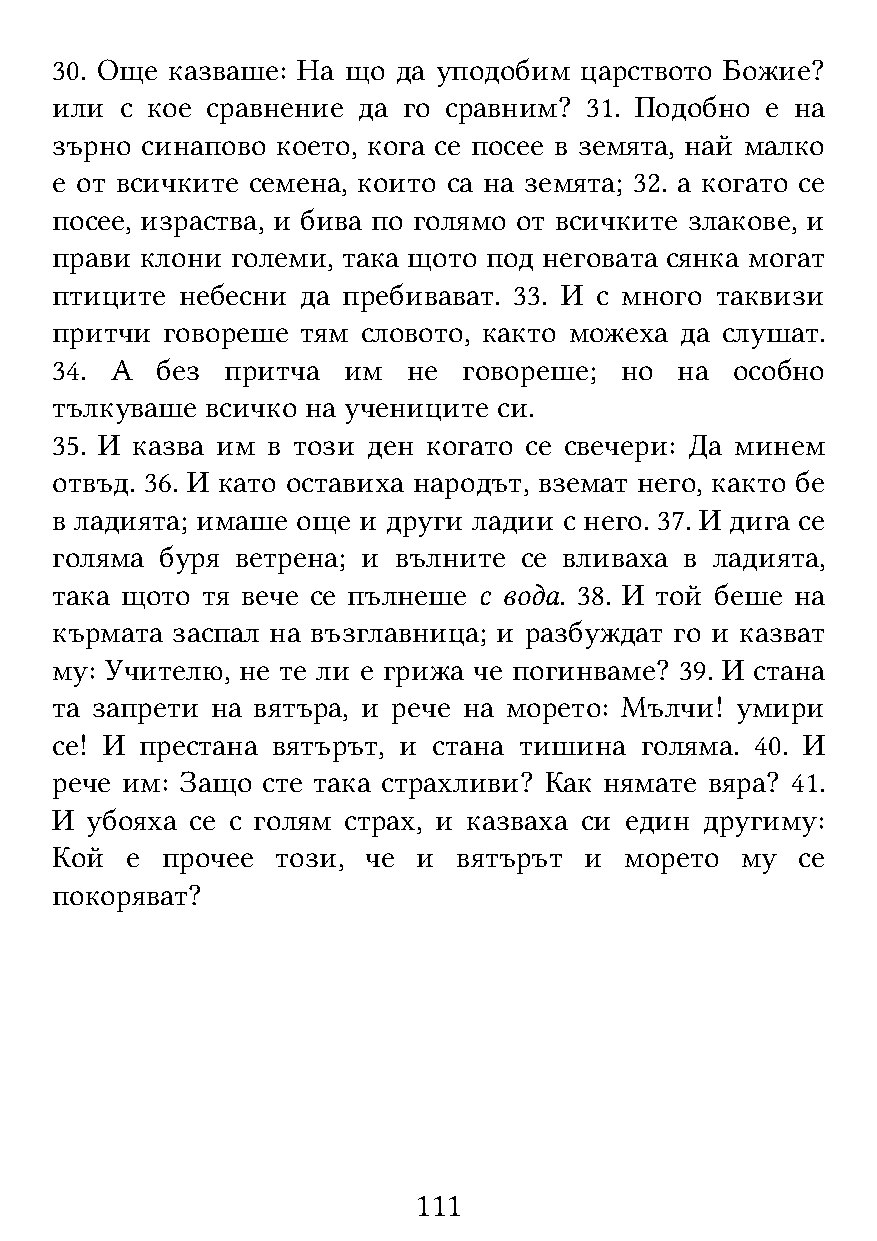
30. Още казваше: На що да уподобим царството Божие?
 или  с кое сравнение да го сравним? 31. Подобно е на
 зърно синапово което, кога се посее в земята, най малко
 е от всичките семена, които са на земята; 32. а когато се
 посее, израства, и бива по голямо от всичките злакове, и
 прави клони големи, така щото под неговата сянка могат
 птиците  небесни да пребивават. 33. И с много таквизи
 притчи  говореше тям словото, както можеха да слушат.
 34. А  без  притча  им  не  говореше; но  на  особно
 тълкуваше  всичко на учениците си.
 35. И казва им в този ден когато се свечери: Да минем
 отвъд. 36. И като оставиха народът, вземат него, както бе
 в ладията; имаше още и други ладии с него. 37. И дига се
 голяма  буря ветрена; и вълните се вливаха в ладията,
 така щото тя вече се пълнеше с вода. 38. И той беше на
 кърмата заспал на възглавница; и разбуждат го и казват
 му: Учителю, не те ли е грижа че погинваме? 39. И стана
 та запрети на вятъра, и рече на морето: Мълчи! умири
 се! И престана вятърът, и стана тишина голяма. 40. И
 рече им: Защо сте така страхливи? Как нямате вяра? 41.
 И  убояха се с голям страх, и казваха си един другиму:
 Кой  е  прочее този, че  и вятърът  и морето  му  се
 покоряват?
 111